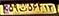
۵۹ت۵۶۴۱۳